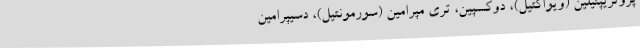
پروتریپتیلین (ویواکتیل)، دوکسپین، تری مپرامین (سورمونتیل)، دسیپرامین